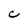
Character: C